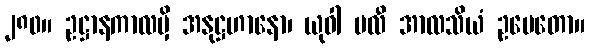
၂၈၀။ ဥဋ္ဌာနကာလမှိ အနုဋ္ဌဟာနော၊ ယုဝါ ဗလီ အာလသိယံ ဥပေတော။